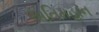
અતિમહાન